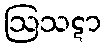
ဩသဋာ